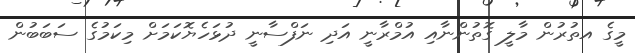
މީގެ އތުރުން މާލީ ގޮތުންނާއި އުމްރާނީ އަދި ނަފްސާނީ ދުޅަހެޔޮކަމަށް މިކަމުގެ ސަބަބުން